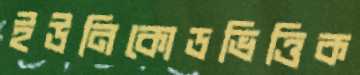
ইউনিকোডভিত্তিক